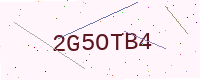
Text: 2G5OTB4